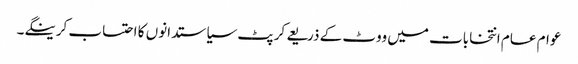
عوام عام انتخابات میں ووٹ کے ذریعے کرپٹ سیاستدانوں کا احتساب کرینگے۔